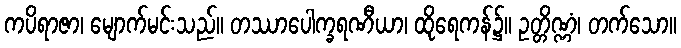
ကပိရာဇာ၊ မျောက်မင်းသည်။ တဿာပေါက္ခရဏီယာ၊ ထိုရေကန်၌။ ဥတ္တိဏ္ဏံ၊ တက်သော။